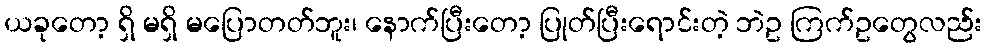
ယခုတော့ ရှိ မရှိ မပြောတတ်ဘူး၊ နောက်ပြီးတော့ ပြုတ်ပြီးရောင်းတဲ့ ဘဲဥ ကြက်ဥတွေလည်း